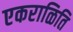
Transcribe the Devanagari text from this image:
एकराळिति